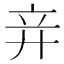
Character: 竎